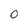
Character: 0